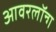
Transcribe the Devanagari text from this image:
आवरलॉन्ग